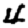
Digit: 4